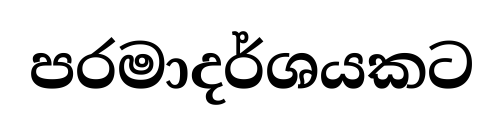
පරමාදර්ශයකට